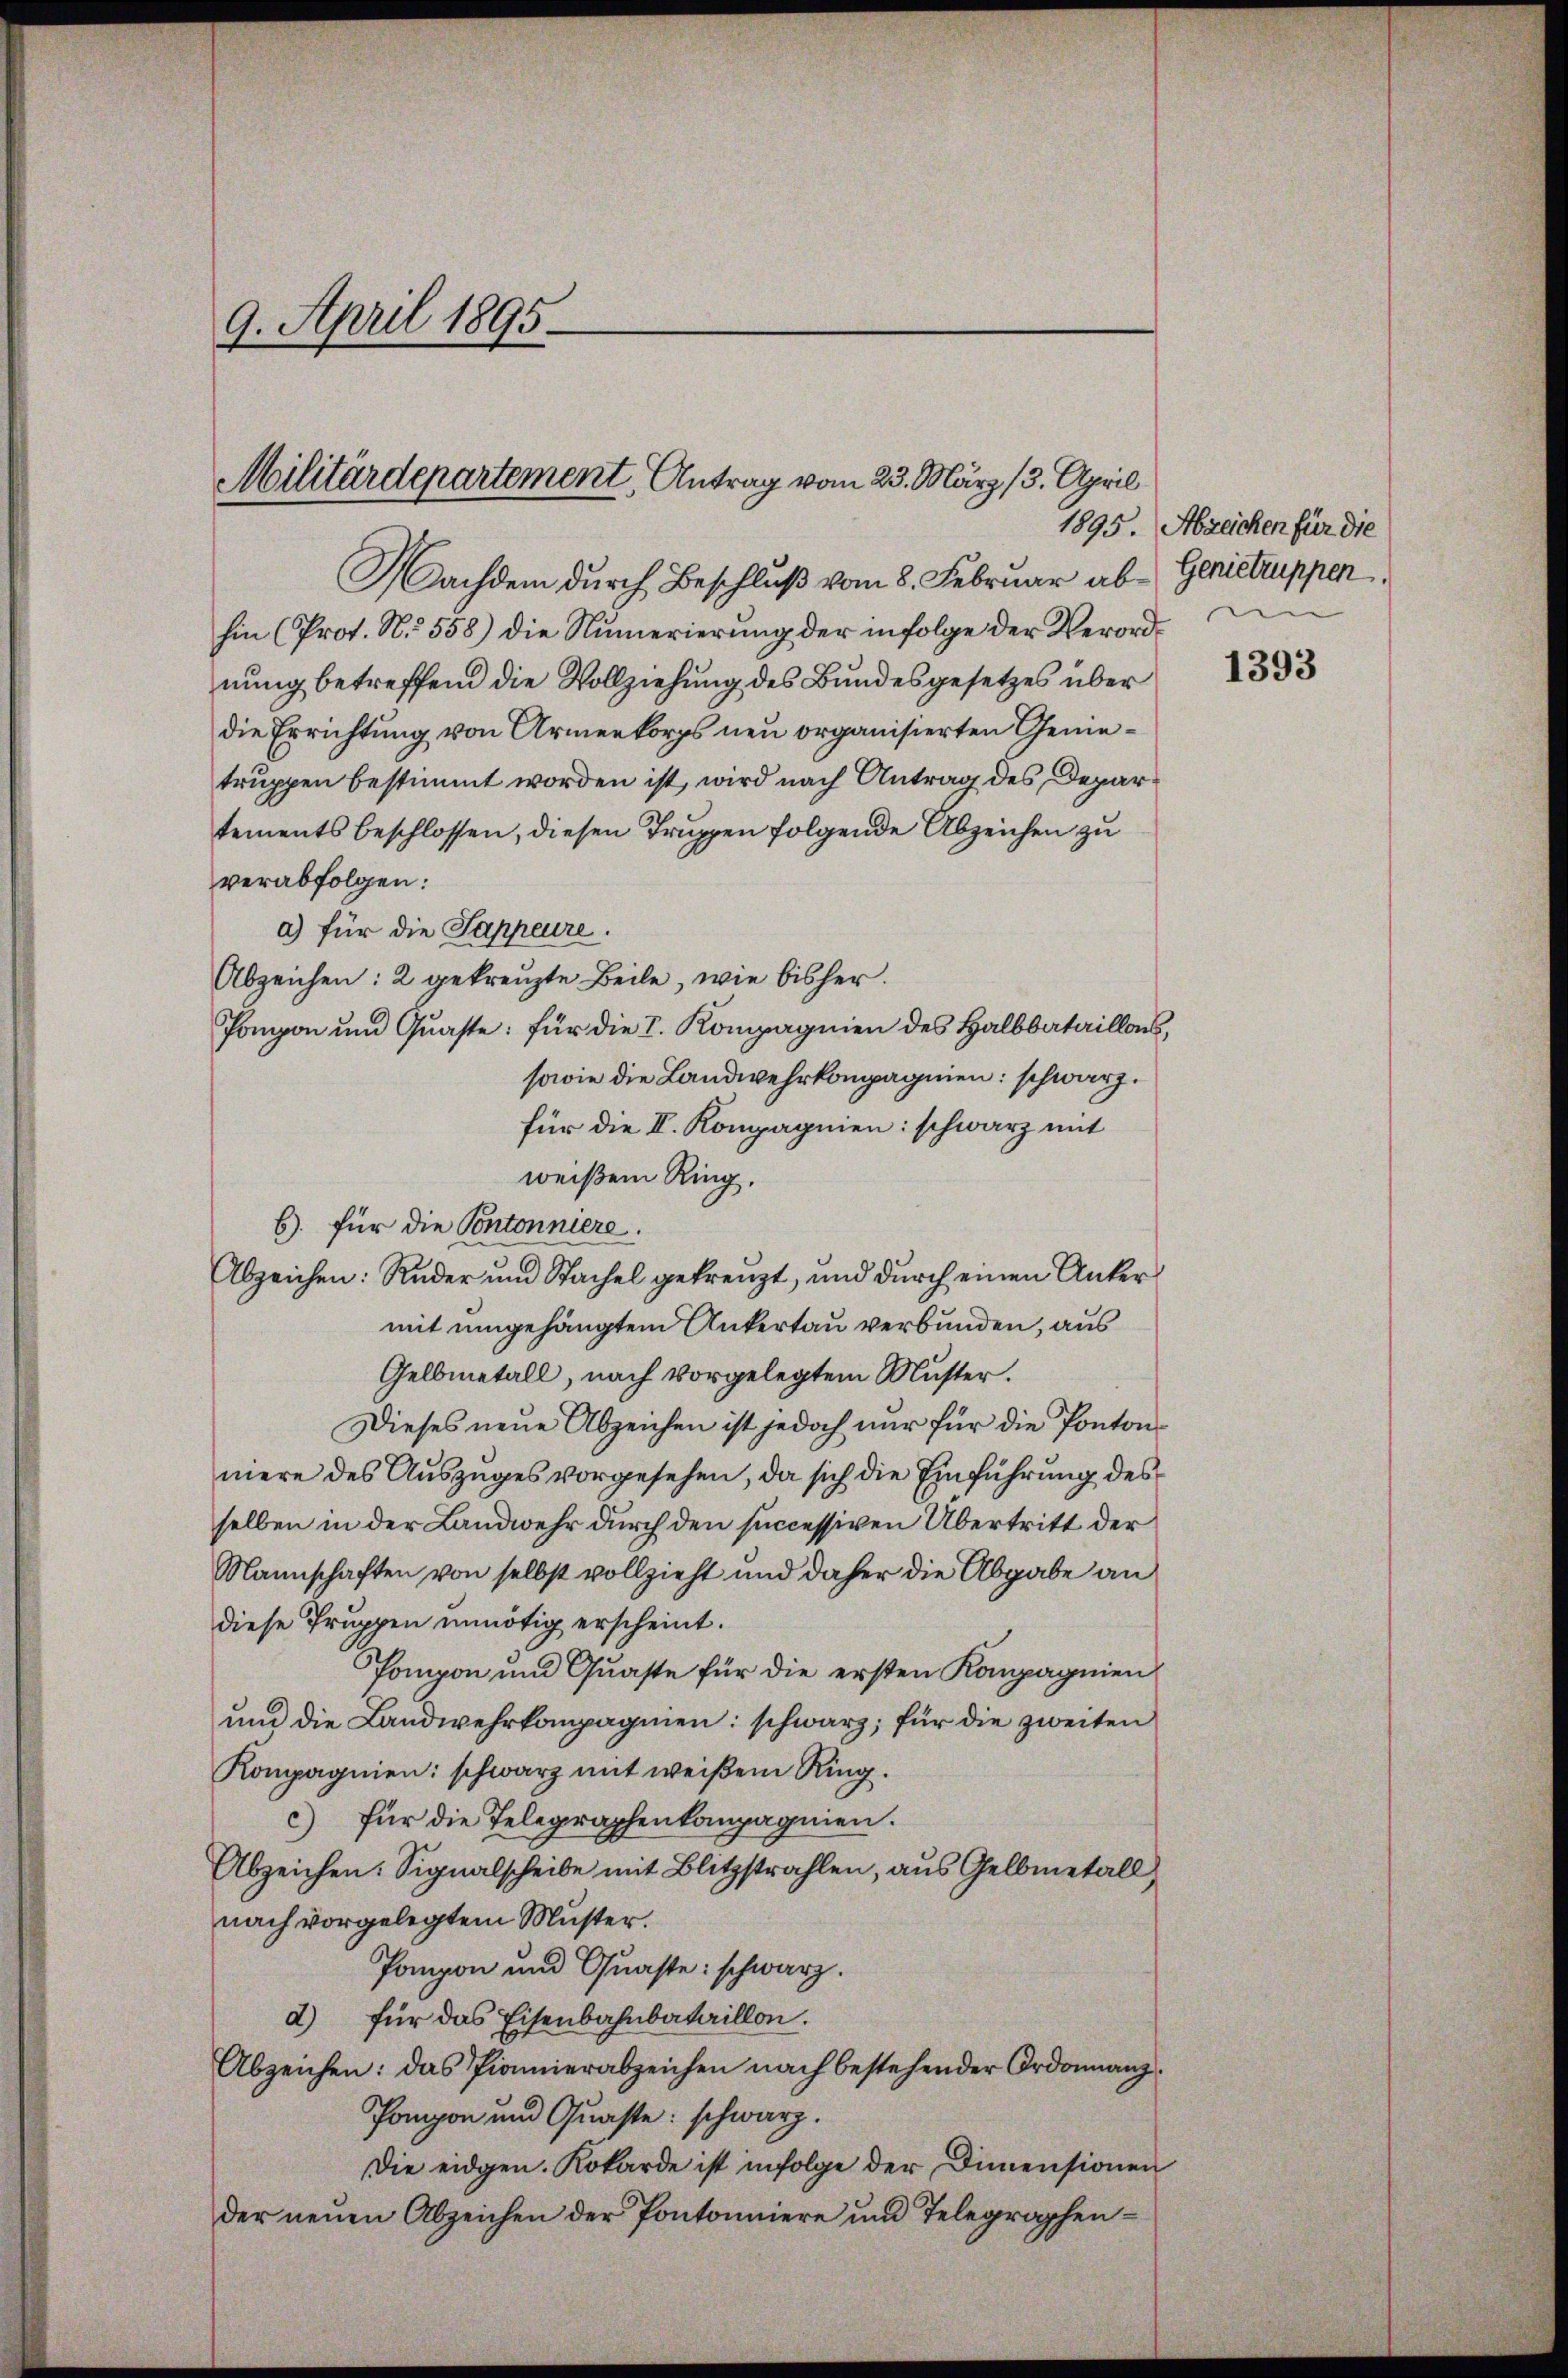
9. April 1895.

Militärdepartement Antrag vom 23. März 13. April

Nachdem durch Beschluß vom 8. Februar abhin (Prot. N. 558) die Numerierŭng der infolge der Verordnung betreffend die Vollziehung des Bundesgesetzes über
die Errichtung von Armenkorps neu organisierten Genetruppen bestimmt worden ist, wird nach Antrag des Departements beschlossen, diesen Truppen folgende Abzeichen zu
verabfolgen:
a) für die Sappeure.
Abzeichen: 2 gekreuzte Beile, wie bisher.
Pongon und Quaste: für die I. Kompagnien des Halbbataillons,
sowie die Landwehrkompagnien: schwarz.
für die II. Kompagnien: schwarz mit
weißen Ring.
b. für die Pontonniere.
Abzeichen: Ruder und Sachel gekreuzt, und durch einen Untermit eingehängtem Ankertau verbunden, aus
Gelbmetall, nach vorgelegtem Muster.
Dieses neue Abzeichen ist jedoch nur für die Pontonmere des Auszuges vorgesehen, da sich die Einführung des
selben in der Landwehr durch den successiven Übertritt der
Nannschaften von selbst vollzieht und daher die Abgabe an
diese Truppen unnötig erscheint.
Pompon und Quaste für die ersten Kompagnien
und die Landwehrkompagnien: schwarz, für die zweiten
Kompagnien: schwarz mit weißem Ring.
c) für die Telegraphenkampagnien.
Abzeichen: Signalscheibe mit Blitzstrahlen, aus Gelbmetall,
nach vorgelegtem Muster.
Pompon und Quaste: schwarz.
d) für das Eisenbahnbataillon.
Abzeichen: das Pionierabzeichen nach bestehender Ordonnanz
Pompon und Quaste: schwarz.
Die eidgen. Kokarde ist infolge der Dimensionen
der neuen Abzeichen der Pontonniere und Telegraphen¬

1895. Abzeichen für die
Genietruppen.

1393